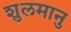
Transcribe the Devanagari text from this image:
शुलमानु